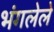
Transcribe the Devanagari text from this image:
भंगलेले